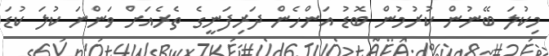
މިކުލަ ބޭނުން ކުރުމުން ބޮޑު އަންހެން ދަރިފަނީގެ ތެރެއަށް ވަންނަ ކުލަ ކުޑަ